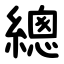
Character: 總